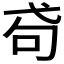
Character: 𢎅